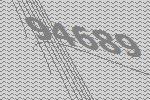
94689